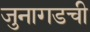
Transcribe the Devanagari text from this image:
जुनागडची